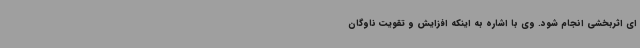
ای اثربخشی انجام شود. وی با اشاره به اینکه افزایش و تقویت ناوگان